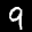
Label: 9